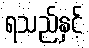
ရသည်နှင့်